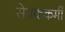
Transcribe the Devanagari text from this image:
सेवककर्मी